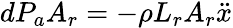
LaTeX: dP_{a}A_{r}=-\rho L_{r}A_{r}\ddot{x}